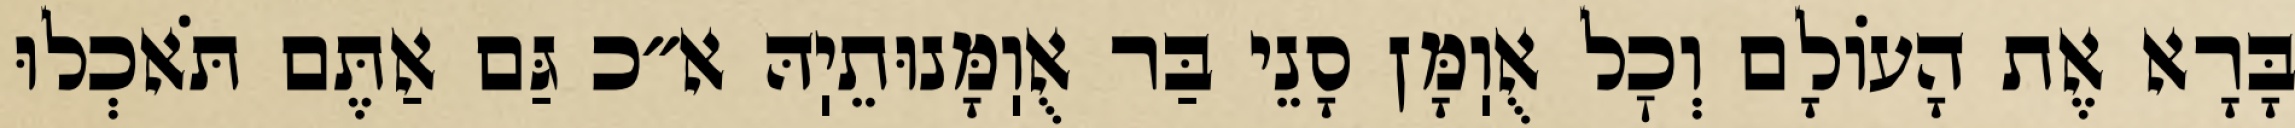
בָּרָא אֶת הָעוֹלָם וְכׇל אֻוֽמָּן סָנֵי בַּר אֻוֽמָּנוּתֵיֽהּ א״כ גַּם אַתֶּם תֹּאכְלוּ